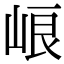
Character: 㟍